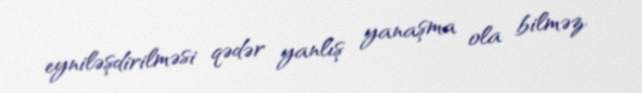
eyniləşdirilməsi qədər yanlış yanaşma ola bilməz.